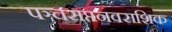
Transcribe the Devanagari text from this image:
पञ्चसप्तनवराशिक